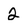
Character: 2